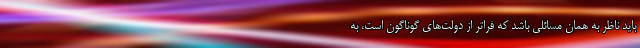
باید ناظر به همان مسائلی باشد که فراتر از دولت‌های گوناگون است، به